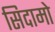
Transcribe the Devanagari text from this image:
सिदामो